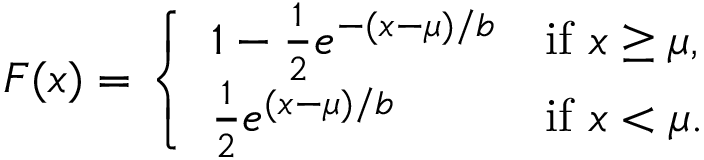
F ( x ) = { \left\{ \begin{array} { l l } { 1 - { \frac { 1 } { 2 } } e ^ { - ( x - \mu ) / b } } & { { \mathrm { i f ~ } } x \geq \mu , } \\ { { \frac { 1 } { 2 } } e ^ { ( x - \mu ) / b } } & { { \mathrm { i f ~ } } x < \mu . } \end{array} \right. }